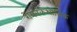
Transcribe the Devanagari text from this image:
रोमनकैथोलिक